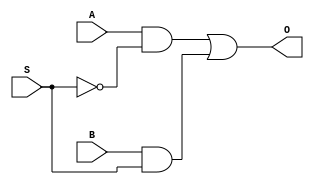
module Mux(A, B, S, O);
	input A, B, S;
	output O;
	wire notS, w1, w2;

	not #1 n1(notS, S);

	and #2 a1(w1, A, notS);
	and #2 a2(w2, B, S);

	or #2 o1(O, w1, w2);



endmodule